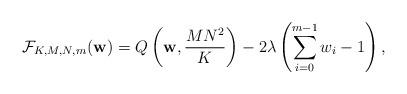
LaTeX: \begin{align*}\mathcal{F}_{K,M,N,m}(\mathbf{w})=Q\left(\mathbf{w},\frac{MN^2}{K}\right)-2\lambda\left (\sum\limits_{i=0}^{m-1}w_i-1 \right),\end{align*}